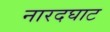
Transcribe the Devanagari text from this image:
नारदघाट